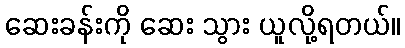
ဆေးခန်းကို ဆေး သွား ယူလို့ရတယ်။